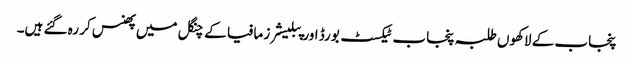
پنجاب کے لاکھوں طلبہ پنجاب ٹیکسٹ بورڈ اور پبلیشرز مافیا کے چنگل میں پھنس کر رہ گئے ہیں۔